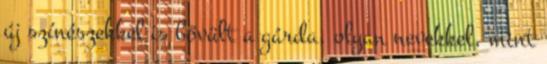
új színészekkel is bővült a gárda, olyan nevekkel, mint